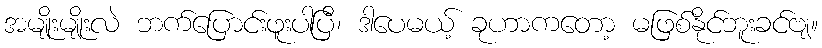
အမျိုးမျိုးလဲ ဘက်ပြောင်းဖူးပါပြီ၊ ဒါပေမယ့် ခုဟာကတော့ မဖြစ်နိုင်ဘူးခင်ဗျ။